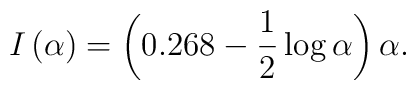
I\left( \alpha \right) = \left( {0.268 - \frac{1}{2}\log \alpha } \right)\alpha .